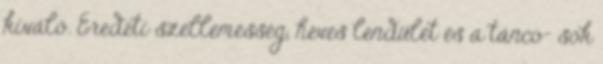
kiváló. Eredeti szellemesség, heves lendület és a tánco- sok